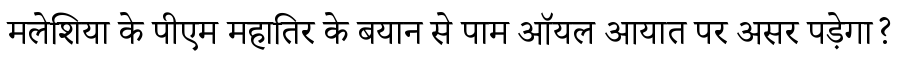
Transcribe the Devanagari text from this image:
मलेशिया के पीएम महातिर के बयान से पाम ऑयल आयात पर असर पड़ेगा?